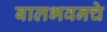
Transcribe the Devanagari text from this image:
बालभवनचे